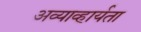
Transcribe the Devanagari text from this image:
अव्याव्हार्यता